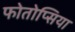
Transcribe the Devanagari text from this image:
फोतोप्सिया